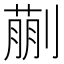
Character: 蒯